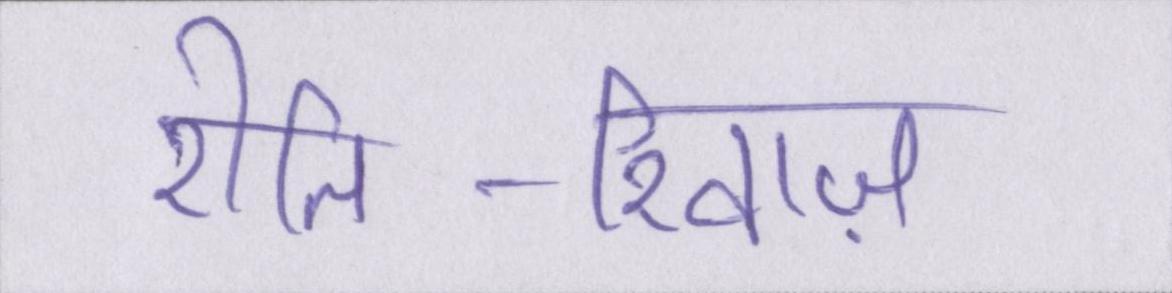
रीति-रिवाज़